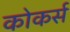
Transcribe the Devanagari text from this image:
कोकर्स